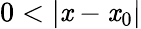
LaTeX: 0<|\mathit{x}-\mathit{x}_{0}|